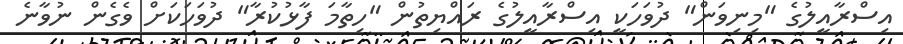
އިސްރާއީލުގެ "މިނިވަން" ދުވަހަކީ އިސްރާއީލުގެ ރައްޔިތުން "ހިތާމަ ފާޅުކުރާ" ދުވަހަކަށް ވެގެން ނުވާނެ